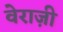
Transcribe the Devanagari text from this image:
वेराज़ी